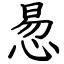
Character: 惖